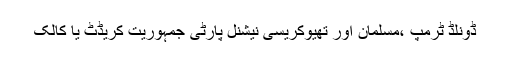
ڈونلڈ ٹرمپ ،مسلمان اور تھیوکریسی نیشنل پارٹی جمہوریت کریڈٹ یا کالک